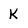
Character: K